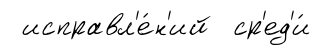
исправл'е́н'ий ср'ед'и́